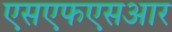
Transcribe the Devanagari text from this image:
एसएफएसआर